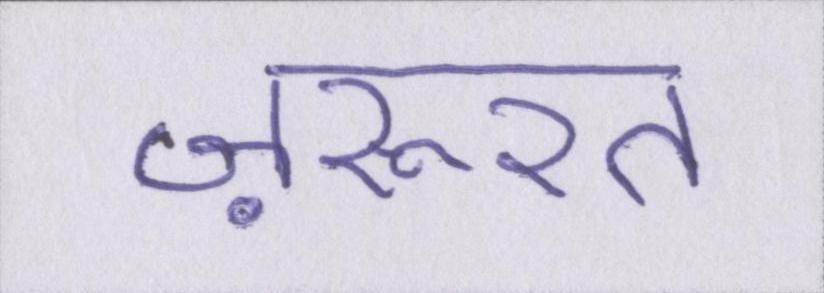
ज़रूरत